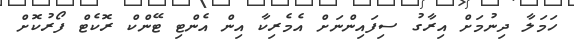
ހަމަލާ ދިނުމަށް އިރާގު ސިފައިންނަށް އެމެރިކާ އިން އެންޓި ޓޭންކް ރޮކެޓް ފޯރުކޮށް